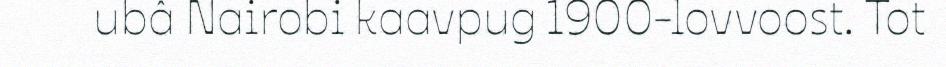
ubâ Nairobi kaavpug 1900-lovvoost. Tot